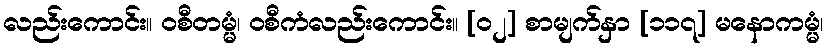
လည်းကောင်း။ ဝစီတမ္မံ၊ ဝစီကံလည်းကောင်း။ [၀၂] စာမျက်နှာ [၁၁၇] မနောကမ္မံ၊